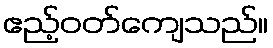
ဧည့်ဝတ်ကျေသည်။